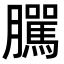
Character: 𦢷